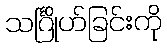
သင်္ဂြိုဟ်ခြင်းကို